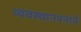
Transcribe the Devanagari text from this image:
व्यवस्थानपनाने